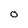
Character: 0